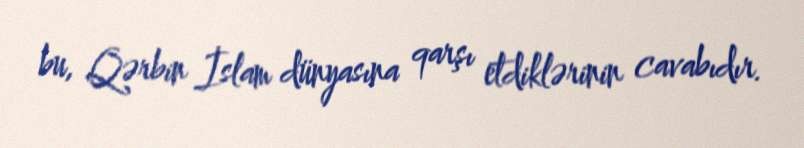
bu, Qərbin İslam dünyasına qarşı etdiklərinin cavabıdır.